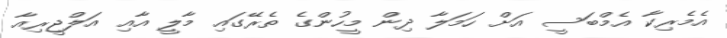
އެމެރިކާ އެމްބަސީ އަށް ހަމަލާ ދިން މީހުންގެ ތެރޭގައި މާލީ އާއި އަލްޖީރިއާ